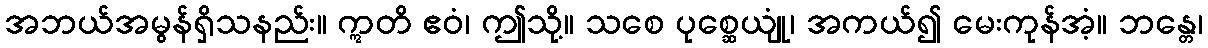
အဘယ်အမွန်ရှိသနည်း။ ဣတိ ဧဝံ၊ ဤသို့။ သစေ ပုစ္ဆေယျုံ၊ အကယ်၍ မေးကုန်အံ့။ ဘန္တေ၊